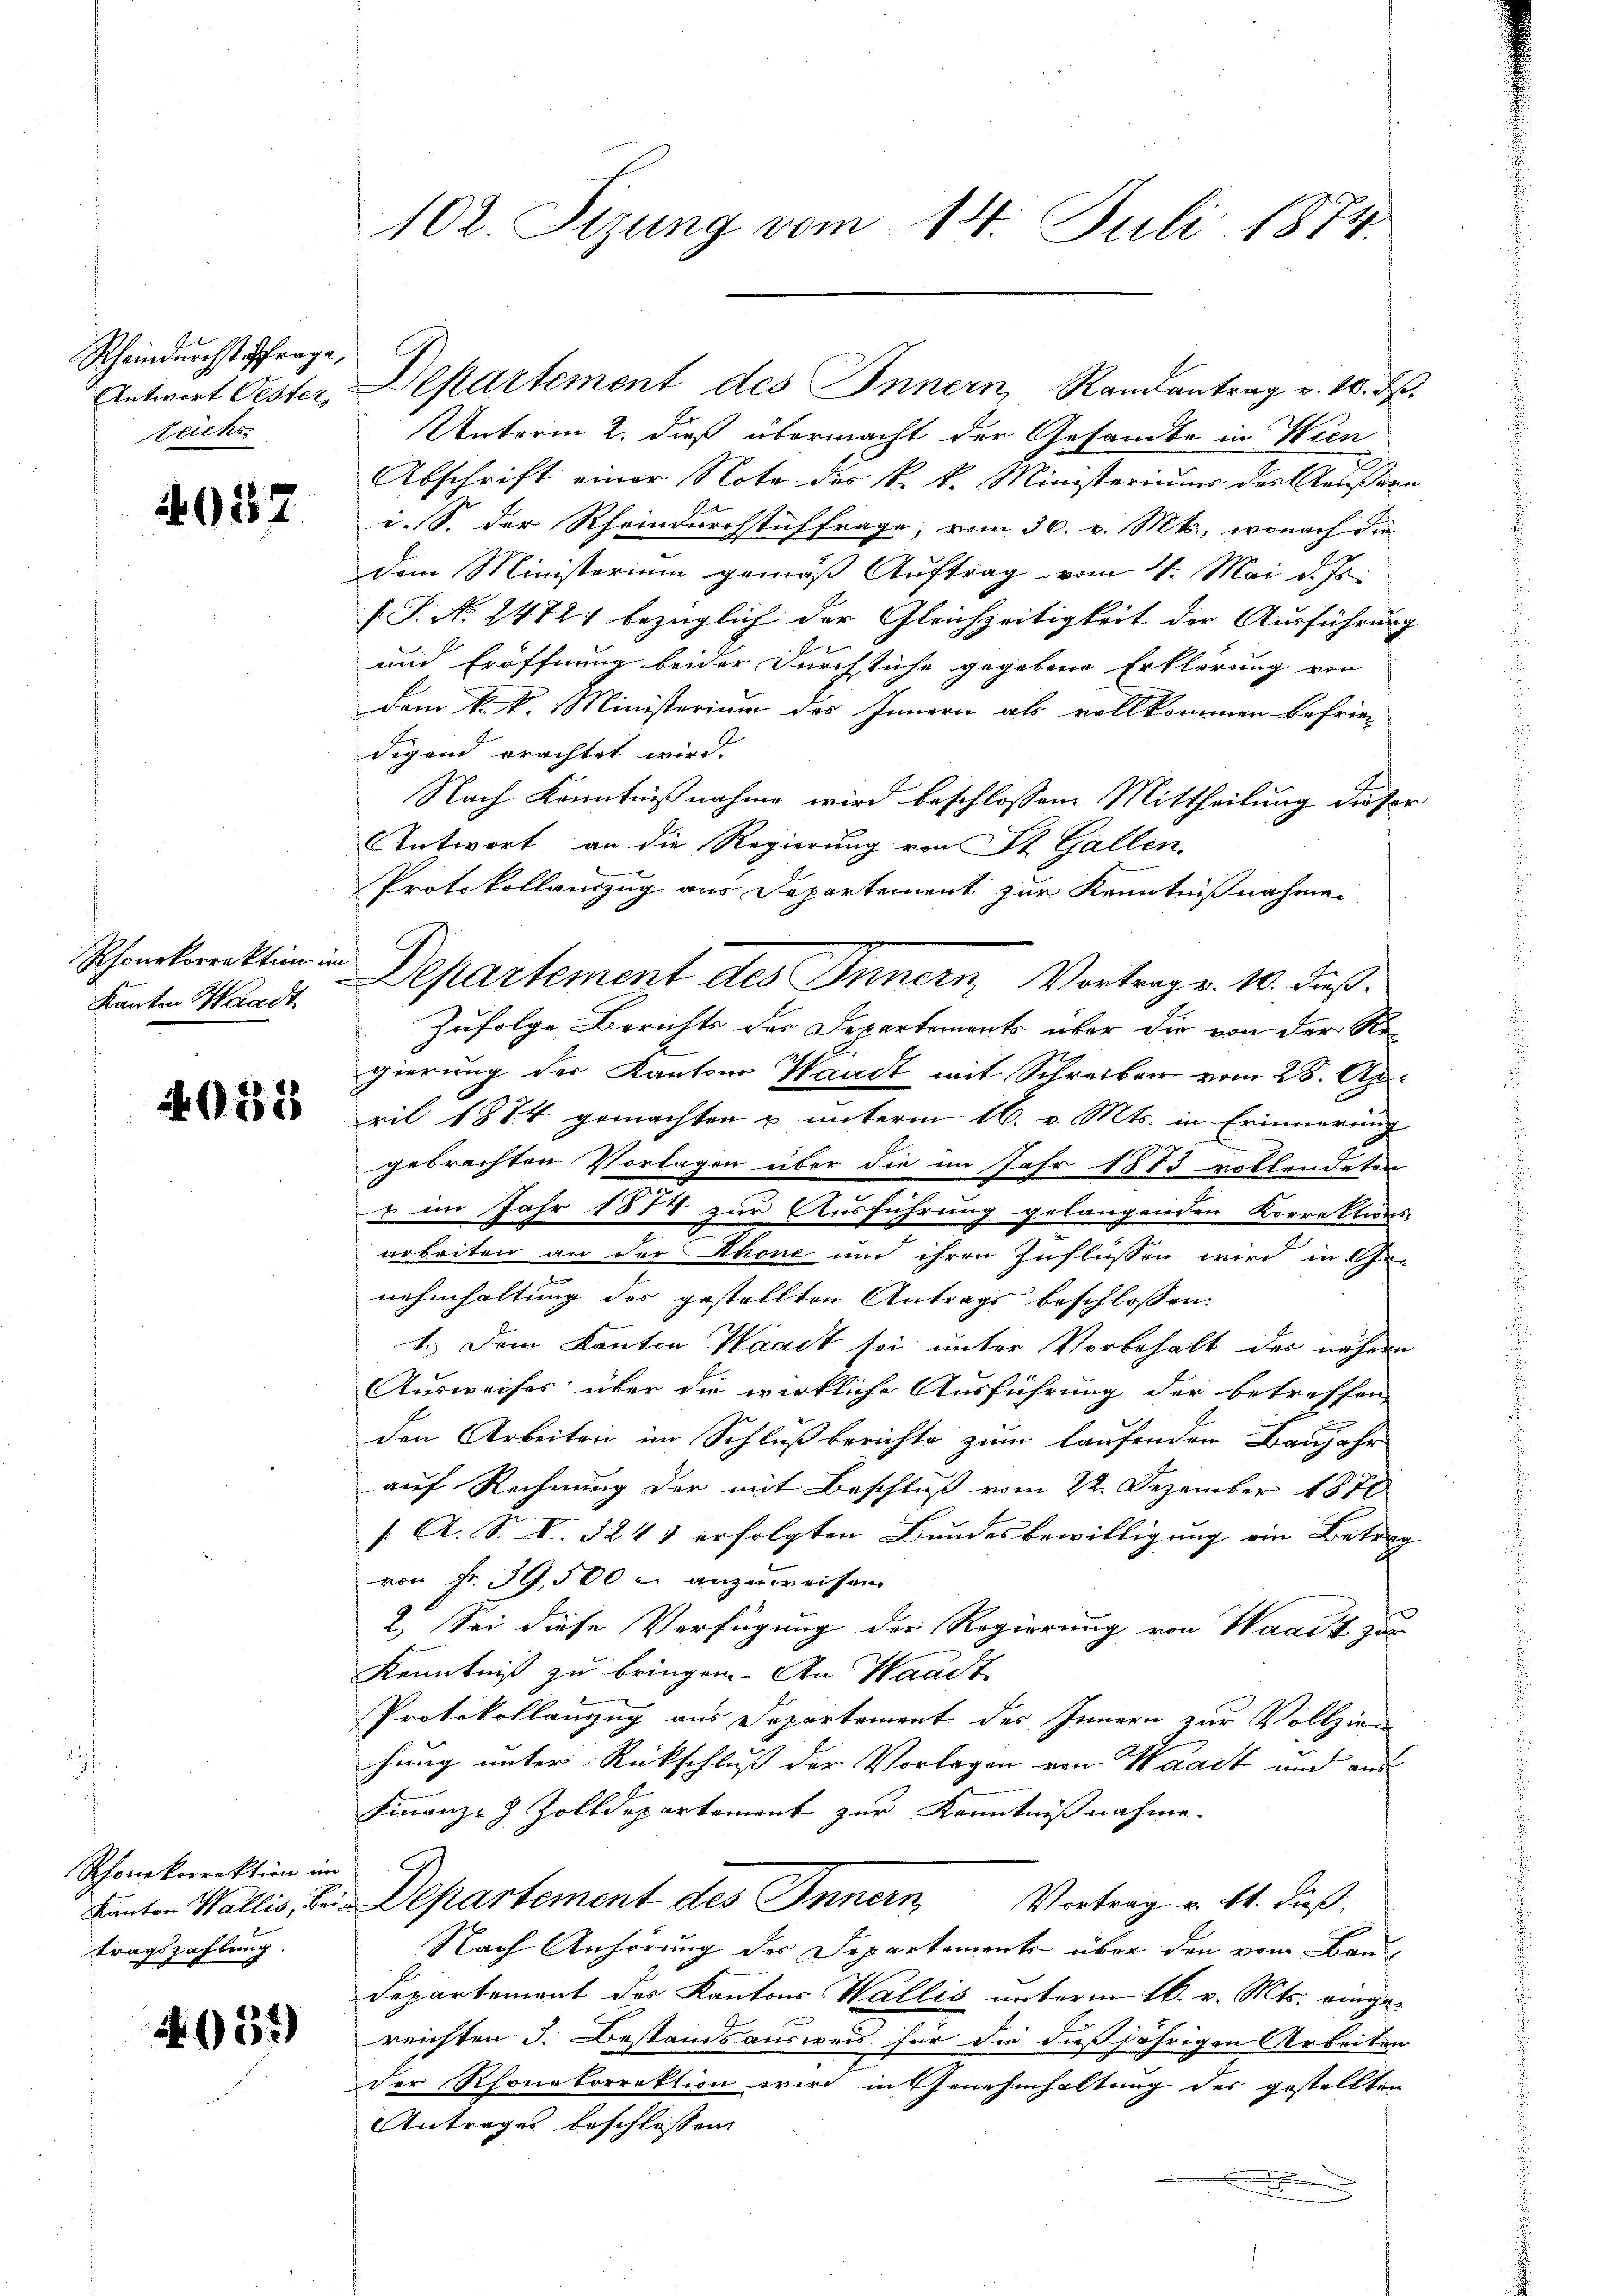
Rheindurchst affrage,
teichs

4057.

Phonkorrektion im
Kanton Waadt

032

Rhonekorrektion im
tragszahlung.

659)

Unterm 2. dieß übermacht der Gesandte in Wien
Abschrift einer Note des k. k. Ministeriums des Aeußern
i. S. der Rheindurchstiffrage, vom 30. v. Mts., wonach die
dem Ministerium gemäß Auftrag vom 4. Mai d. Js.
(S. N. 2472 bezüglich der Gleichzeitigkeit der Ausführung
und Eröffnung beider Durchstiche gegebene Erklärung von
dem k. k. Ministerium des Innern als vollkommen befrie-
digend erachtet wird.
Nach Kenntnißnahme wird beschlossene Mittheilung dieser
Antwort an die Regierung von St. Gallen
.
Protokollauszug aus Departement zur Kenntnißnahmen
Departement des Innern, Vortrag v. 10. dieß.
Zufolge Berichts der Departements über die von der Re-
gierung der Kantons Waadt mit Schreiben vom 28. Ap
ril 1874 gemachten u unterm 16. v. Mts. in Erinnerung
gebrachten Vorlagen über die im Jahr 1873 vollendeten
u im Jahr 1874 zur Ausführung gelangenden Korrektions-
arbeiten an der Rhone und ihren Zuflüssen wird in Ge-
e
nehmhaltung des gestellten Antrags beschlossen:
1.) Dem Kanton Waadt sei unter Vorbehalt des nähern
Ausweises über die wirkliche Ausführung der betreffen-
den Arbeiten im Schluß berichte zum laufenden Baujahr
auf Rechnung der mit Beschluß vom 22. Dezember 1870
[: A. S. V. 324 1 erfolgten Bundesbewilligung ein Betrag
von Fr. 39,500 r anzuweisen.
2. Sei diese Verfügung der Regierung von Waadt zum
Kenntniß zu bringen. An Waadt
Protokollauszug aus Departement des Innern zur Vollzien
hung unter Rückschluß der Vorlagen von Waadt und aus
Finanz-J Zolldepartement zur Kenntnißnahme.
Kanton Wallis, bei Departement des Innern, Vortrag v. 11. dieß
Nach Anhörung des Departements über den vom Bau¬
Departement des Kantons Wallis unterm 16. v. Mts. eingereichten 3. Bestandsausweis für die dießjährigen Arbeiten
der Rhonekorrektion wird in Genehmhaltung der gestellten
Antrages beschlossen:

102. Sizung vom 14. Juli 1874.

Antwort Oester, Departement des Innern, Randantrag v. 10. ds.